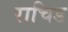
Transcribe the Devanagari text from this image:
राचिड